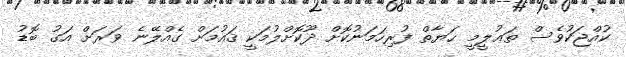
ކުއްޖަކުވެސް ތަޢުލީމީ ޙަޔާތް ފުރިހަމަނުކޮށް ދޫކޮށްލުމަކީ ޤައުމަށް ގެއްލޭނެ ވަރަށް އަގު ބޮޑު